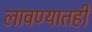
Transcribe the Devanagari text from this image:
लावण्यातही